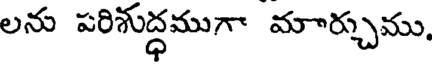
లను పరిశుద్ధముగా మార్చుము,